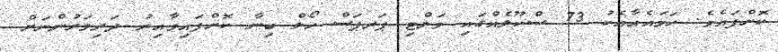
ކޮށްފައެވެ. ހަމައެއާއެކު 73 ސްކޫލެއްގައި މަލްޓި ޕަރޕަސް ހޯލް ބިނާ ކޮށްފައިވާއިރު ދަރިވަރުންނަށް